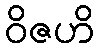
ဝိဇဟိ